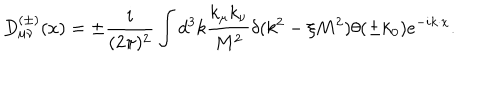
D _ { \mu \nu } ^ { ( \pm ) } ( x ) = \pm \frac { i } { ( 2 \pi ) ^ { 2 } } \int d ^ { 3 } k \frac { k _ { \mu } k _ { \nu } } { M ^ { 2 } } \delta ( k ^ { 2 } - \xi M ^ { 2 } ) \theta ( \pm k _ { 0 } ) e ^ { - i k \cdot x } .